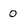
Character: 0